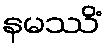
နမဿိံ